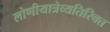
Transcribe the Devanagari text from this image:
लोणीयात्रेव्यतिरिक्त